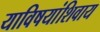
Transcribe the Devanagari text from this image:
याविषयांशिवाय